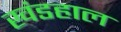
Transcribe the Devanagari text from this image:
खंडहाल